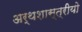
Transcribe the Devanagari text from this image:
अर्थशास्त्रीयो